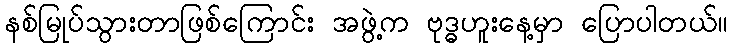
နစ်မြုပ်သွားတာဖြစ်ကြောင်း အဖွဲ့က ဗုဒ္ဓဟူးနေ့မှာ ပြောပါတယ်။